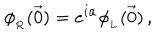
LaTeX: \phi _ { _ R } ( \vec { 0 } ) = e ^ { i \alpha } \phi _ { _ L } ( \vec { 0 } ) \, ,